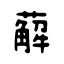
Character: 薢